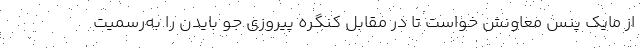
از مایک پنس معاونش خواست تا در مقابل کنگره پیروزی جو بایدن را به‌رسمیت